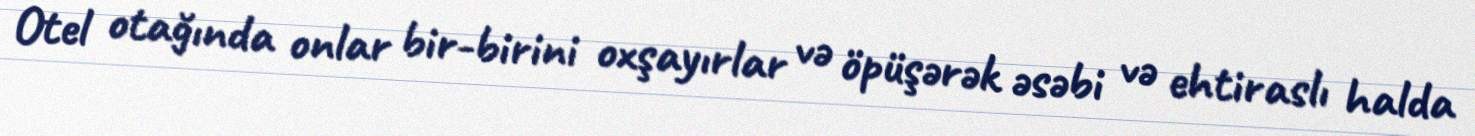
Otel otağında onlar bir-birini oxşayırlar və öpüşərək əsəbi və ehtiraslı halda